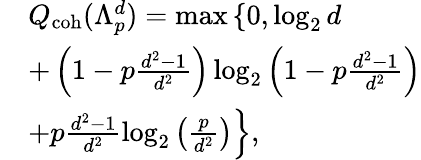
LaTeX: \begin{array}{rl}&{Q_{\mathrm{coh}}(\Lambda_{p}^{d})=\operatorname*{max}\left\lbrace 0,\log_{2}{d}\right.}\\ &{+\left(1-p\frac{d^{2}-1}{d^{2}}\right)\log_{2}{\left(1-p\frac{d^{2}-1}{d^{2}}\right)}}\\ &{\left.+p\frac{d^{2}-1}{d^{2}}\log_{2}{\left(\frac{p}{d^{2}}\right)}\right\rbrace,}\end{array}